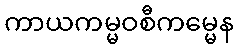
ကာယကမ္မဝစီကမ္မေန